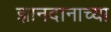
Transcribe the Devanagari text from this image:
ज्ञानदानाच्या